Medical and sanitary report of the native army of Bengal for the year
Year: 1874
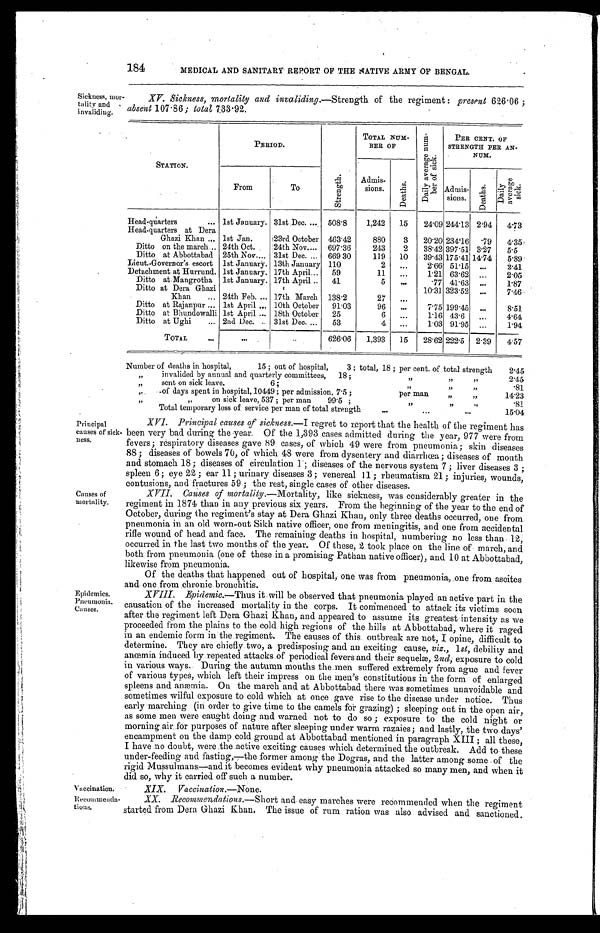
PUNJAB FRONTIER FORCE.
185
• Weakly men were recommended to be sent to their homes from Abbottabad for the winter months.
But this latter recommendation could not be acceded to, on account of the interests of the
service.
4 t h P u n j a b C a v a l r y . — R a j a n p u r
Surgeon A. Macgregor, who was in medical charge throughout the year, has Medical
charge.
YEAR.
STATION.
PER CENT OF STRENGTH.
Admissions. Deaths. Daily sick.
1869
. . . Kohat, March 1869,
from Edwardesabad...
195.1
5.4
7.6
1870 ... Ditto
ditto ...
175.5
1.
5.8
1871 ... Ditto
ditto ...
149.2
2.4
6 . 3
1872 ... Rajunpur, December
1871 ...
...
165.5
1.5
7.2
1873
Ditto
ditto ...
112.5
1.5
4.6
Average...
......
159.5
2.3
6.3
1874 ... Rajanpur ...
...
174.2
1.3
8.5
furnished a very interesting
report, from which the fol
lowing extracts have been
taken:—
II. Location and movements.—
The head-quarters have remained
at Rajanpur during the whole
year, the last three days being in
camp preparatory to the march to
Dera Ghazi Khan. Detachments at
the following Out-posts have been
maintained the whole year, namely,
Bhundowala, Drigri, and Mo-
hammedpore.
III. Topography,& c . — T h e
station itself of Rajanpur has been
described before, and I have no-
Location.
Detachments.
ropography.
thing to add to it. This year, however owing to the very large inundations of the Indus, cou
-pled with the backing up from the hill streams, the cantonments were for some days in con-
siderable danger. The hill streams meet the Indus floods at a point some miles north of Rajan--
pur, and as they run with enormous velocity, for a time the Indus waters are quite stayed; but
as they must find an outlet somewhere, the consequence is that taking a curve along some
low-lying grounds between Rajanpur and the river, they debouched on the flat land near the
cantonments, and the flood was rapidly rising and threatening them. What added to the fear was
that a very large main irrigation canal ran to the river side of cantonments, and if the waters
had breached this, there is no doubt but the whole of the lines and officers' bungalows must have
been swept away. But owing to the energetic measures pursued, a large bund, some two miles
long, was thrown up by the regiment and detachment 5th Punjab Infantry. And the natives of the
city working hard all night, the waters rose level with the bund, but by that time the hill streams
having subsided, the backing up ceased and all immediate danger was over. I travelled a good deal
in November and December over the district, and found almost the same features everywhere, on
the river side of the main road immense grass and jow jungles, while towards the hills, barren
sandy wastes, which, however, only require water to produce heavy crops. Near the hills, where the
hill streams settle, is most splendid grass, and the Belooch tribes drive all their cattle there to
feed in August and September. The artesian well at Sub-Zil-Kote is still being carried on (I
mean the borings), but with little success as yet; if it could be successful, it would bring into
cultivation a vast tract of ground now quite desert. As I proceeded southward towards Rohjan
the jungle gets thinner, chiefly jow and jhall jungle, the ground is broken up into enormous
fissures from the floods, and I was informed by the Marari Chief that the mortality there and
in outlying villages from fever after the water dried up was something very large indeed. As a
result in the cantonments, I had nearly three times as many admissions into hospital from ague
than last year, and half as many again as the year before, which was looked upon as an extreme-
ly unhealthy year. The fever caused no deaths, due, no doubt, to the favorable circumstances as
to treatment, &c., the men were placed under, but I saw enough to quite understand the mortal-
ity in outlying districts, where the people had no treatment at all, and what wretched hovels
they had were all washed down; the fever culminated in the latter end of October, and then
gradually subsided. I visited the Out-posts; they, while the rest of the district was suffering
had only two cases, namely, at Drigri. Hurrund Out-post, though in the Rajanpur district, supplied
from Dera Ghazi Khan, and is by far the most unhealthy of all, due to the fact of the large
rice fields all around, but in my opinion still more to the stagnant pools of filthy water which exist
at the very base of the fort. The fort is an old Sikh erection, and very strongly built, but the
interim is now partly filled up with rubbish and the ruins of old Sikh houses. The water was
perfectly green and gave forth a most unpleasant smell, and the native officer in charge of the
detachment complained very strongly of it as a great nuisance; in fact, to reach the fort gate a
causeway of stable manure and grass is built. The Kahar nullah from the hills this year
cut out a new channel and partly washed down the village of Drigri; about half a mile from the
Out-post a very large bund has been erected by the country people to turn the channel next year.
With the exception of intermittent fevers, from all I could learn the district is remarkably
healthy. Cholera is unknown, and both dysentery and diarrhœa are, comparatively speaking, rare.
Small-pox is not near so rife as formerly, though amongst grown men it is rare to find one not
pitted, and also loss of sight of one or both eyes as its result is far from uncommon. The
Beloochis are taking so kindly to vaccination that I hope in a short time the disease will be to
a great extent a name of the past.
Y 1
Floods.
Artesian well.